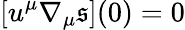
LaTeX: [u^{\mu}\nabla_{\mu}\mathfrak{s}](0)=0